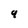
Character: 9